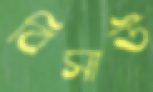
বিসাউ